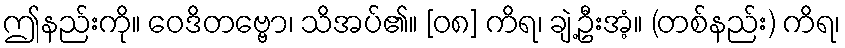
ဤနည်းကို။ ဝေဒိတဗ္ဗော၊ သိအပ်၏။ [၀၈] ကိရ၊ ချဲ့ဦးအံ့။ (တစ်နည်း) ကိရ၊